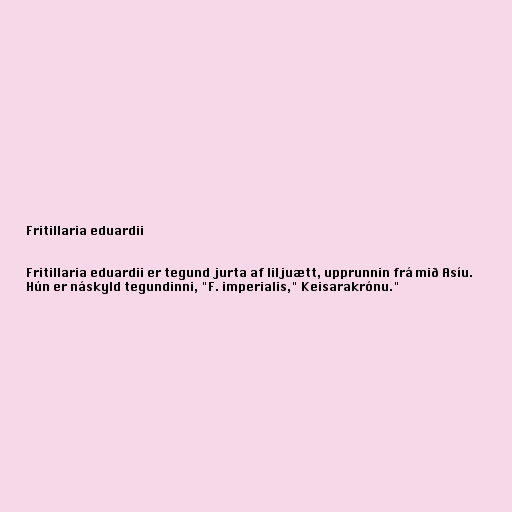
Fritillaria eduardii

Fritillaria eduardii er tegund jurta af liljuætt, upprunnin frá mið Asíu.
Hún er náskyld tegundinni, "F. imperialis," Keisarakrónu."